Lunatic asylums in Bengal annual reports 1912-1924 - 1912-1924
Year: 1912
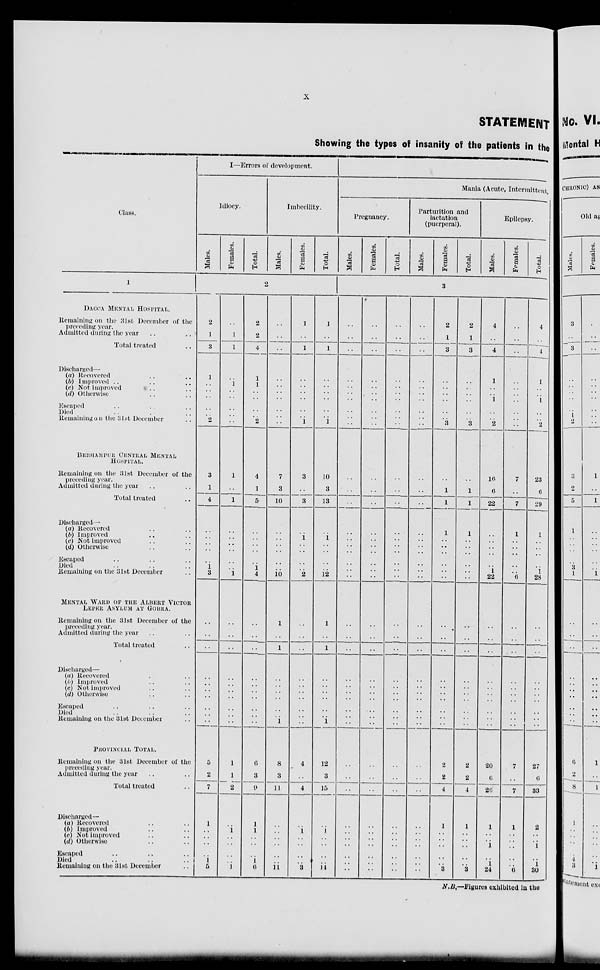
x
STATEMENT
Showing the types of insanity of the patients in the
Class.
1
DACCA MENTAL HOSPITAL.
Remaining on the 31st December of the
preceding year.
Admitted during the year .. ..
Total treated ..
Discharged—
(a) Recovered .. ..
(b) Improved .. .. ..
(c) Not improved .. ..
(d) Otherwise .. ..
Escaped .. .. ..
Died .. .. ..
Remaining on the 31st December ..
BERHAMPORE
CENTRAL MENTAL
HOSPITAL.
Remaining on the 31st December of the
preceding year.
Admitted during the year .. ..
Total treated ..
Discharged—
(a) Recovered .. ..
(b) Improved .. ..
(c) Not improved .. ..
(d) Otherwise .. ..
Escaped .. .. ..
Died .. .. ..
Remaining on the 31st December ..
MENTAL WARD OF THE ALBERT VICTOR
LEPER ASYLUM AT GOBRA.
Remaining on the 31st December of the
preceding year.
Admitted during the year .. ..
Total treated ..
Discharged—
(a) Recovered .. ..
(b) Improved .. ..
(c) Not improved .. ..
(d) Otherwise .. ..
Escaped .. .. ..
Died .. ....
Remaining on the 31st December ..
PROVINCIAL TOTAL.
Remaining on the 31st December of the
preceding year.
Admitted during the year .. ..
Total treated ..
Discharged—
(a) Recovered .. ..
(b) Improved .. ..
(c) Not improved .. ..
(d) Otherwise .. ..
Escaped .. .. ..
Died .. .. ..
Remaining on the 31st December ..
I—Errors of development.
Idiocy.
Males.
Females.
Total.
Imbecility.
Males.
Females.
Total.
2
2
1
3
1
..
..
..
..
..
2
3
1
4
..
..
..
..
..
1
3
..
..
..
..
..
..
..
..
..
..
5
2
7
1
..
..
..
..
1
5
..
1
1
..
1
..
..
..
..
..
1
..
1
..
..
..
..
..
..
1
..
..
..
..
..
..
..
..
..
..
1
1
2
..
1
..
..
..
..
1
2
2
4
1
1
..
..
..
..
2
4
1
5
..
..
..
..
..
1
4
..
..
..
..
..
..
..
..
..
..
6
3
9
1
1
..
..
..
1
6
..
..
..
..
..
..
..
..
..
..
7
3
10
..
..
..
..
..
..
10
1
..
1
..
..
..
..
..
..
1
8
3
11
..
..
..
..
..
..
11
1
..
1
..
..
..
..
..
..
1
3
..
3
..
1
..
..
..
..
2
..
..
..
..
..
..
..
..
..
..
4
..
4
..
1
..
..
..
..
3
1
..
1
..
..
..
..
..
..
1
10
3
13
..
1
..
..
..
..
12
1
..
1
..
..
..
..
..
..
1
12
3
15
..
1
..
..
..
..
14
Mania (Acute, Intermittent,
Pregnancy.
Males.
Females.
Total.
Parturition and
lactation
(puerperal).
Males.
Females.
Total.
Epilepsy.
Males.
Females.
Total.
3
..
..
..
..
..
..
..
..
..
..
..
..
..
..
..
..
..
..
..
..
..
..
..
..
..
..
..
..
..
..
..
..
..
..
..
..
..
..
..
..
..
..
..
..
..
..
..
..
..
..
..
..
..
..
..
..
..
..
..
..
..
..
..
..
..
..
..
..
..
..
..
..
..
..
..
..
..
..
..
..
..
..
..
..
..
..
..
..
..
..
..
..
..
..
..
..
..
..
..
..
..
..
..
..
..
..
..
..
..
..
..
..
..
..
..
..
..
..
..
..
..
..
..
..
..
..
..
..
..
..
..
..
..
..
..
..
..
..
..
..
..
..
..
..
..
..
..
..
..
..
..
..
..
..
..
..
..
..
..
..
2
1
3
..
..
..
..
..
..
3
..
1
1
1
..
..
..
..
..
..
..
..
..
..
..
..
..
..
..
..
2
2
4
1
..
..
..
..
..
3
2
1
3
..
..
..
..
..
..
3
..
1
1
1
..
..
..
..
..
..
..
..
..
..
..
..
..
..
..
..
2
2
4
1
..
..
..
..
..
3
4
..
4
1
..
..
1
..
..
2
16
6
22
..
..
..
..
..
1
22
..
..
..
..
..
..
..
..
..
..
20
6
26
1
..
..
1
..
1
24
..
..
..
..
..
..
..
..
..
..
7
..
7
1
..
..
..
..
..
6
..
..
..
..
..
..
..
..
..
..
7
..
7
1
..
..
..
..
..
6
4
..
4
1
..
..
1
..
..
2
23
6
29
1
..
..
..
..
1
28
..
..
..
..
..
..
..
..
..
..
27
6
33
2
..
..
1
..
1
30
N.B.—Figures exhibited in the